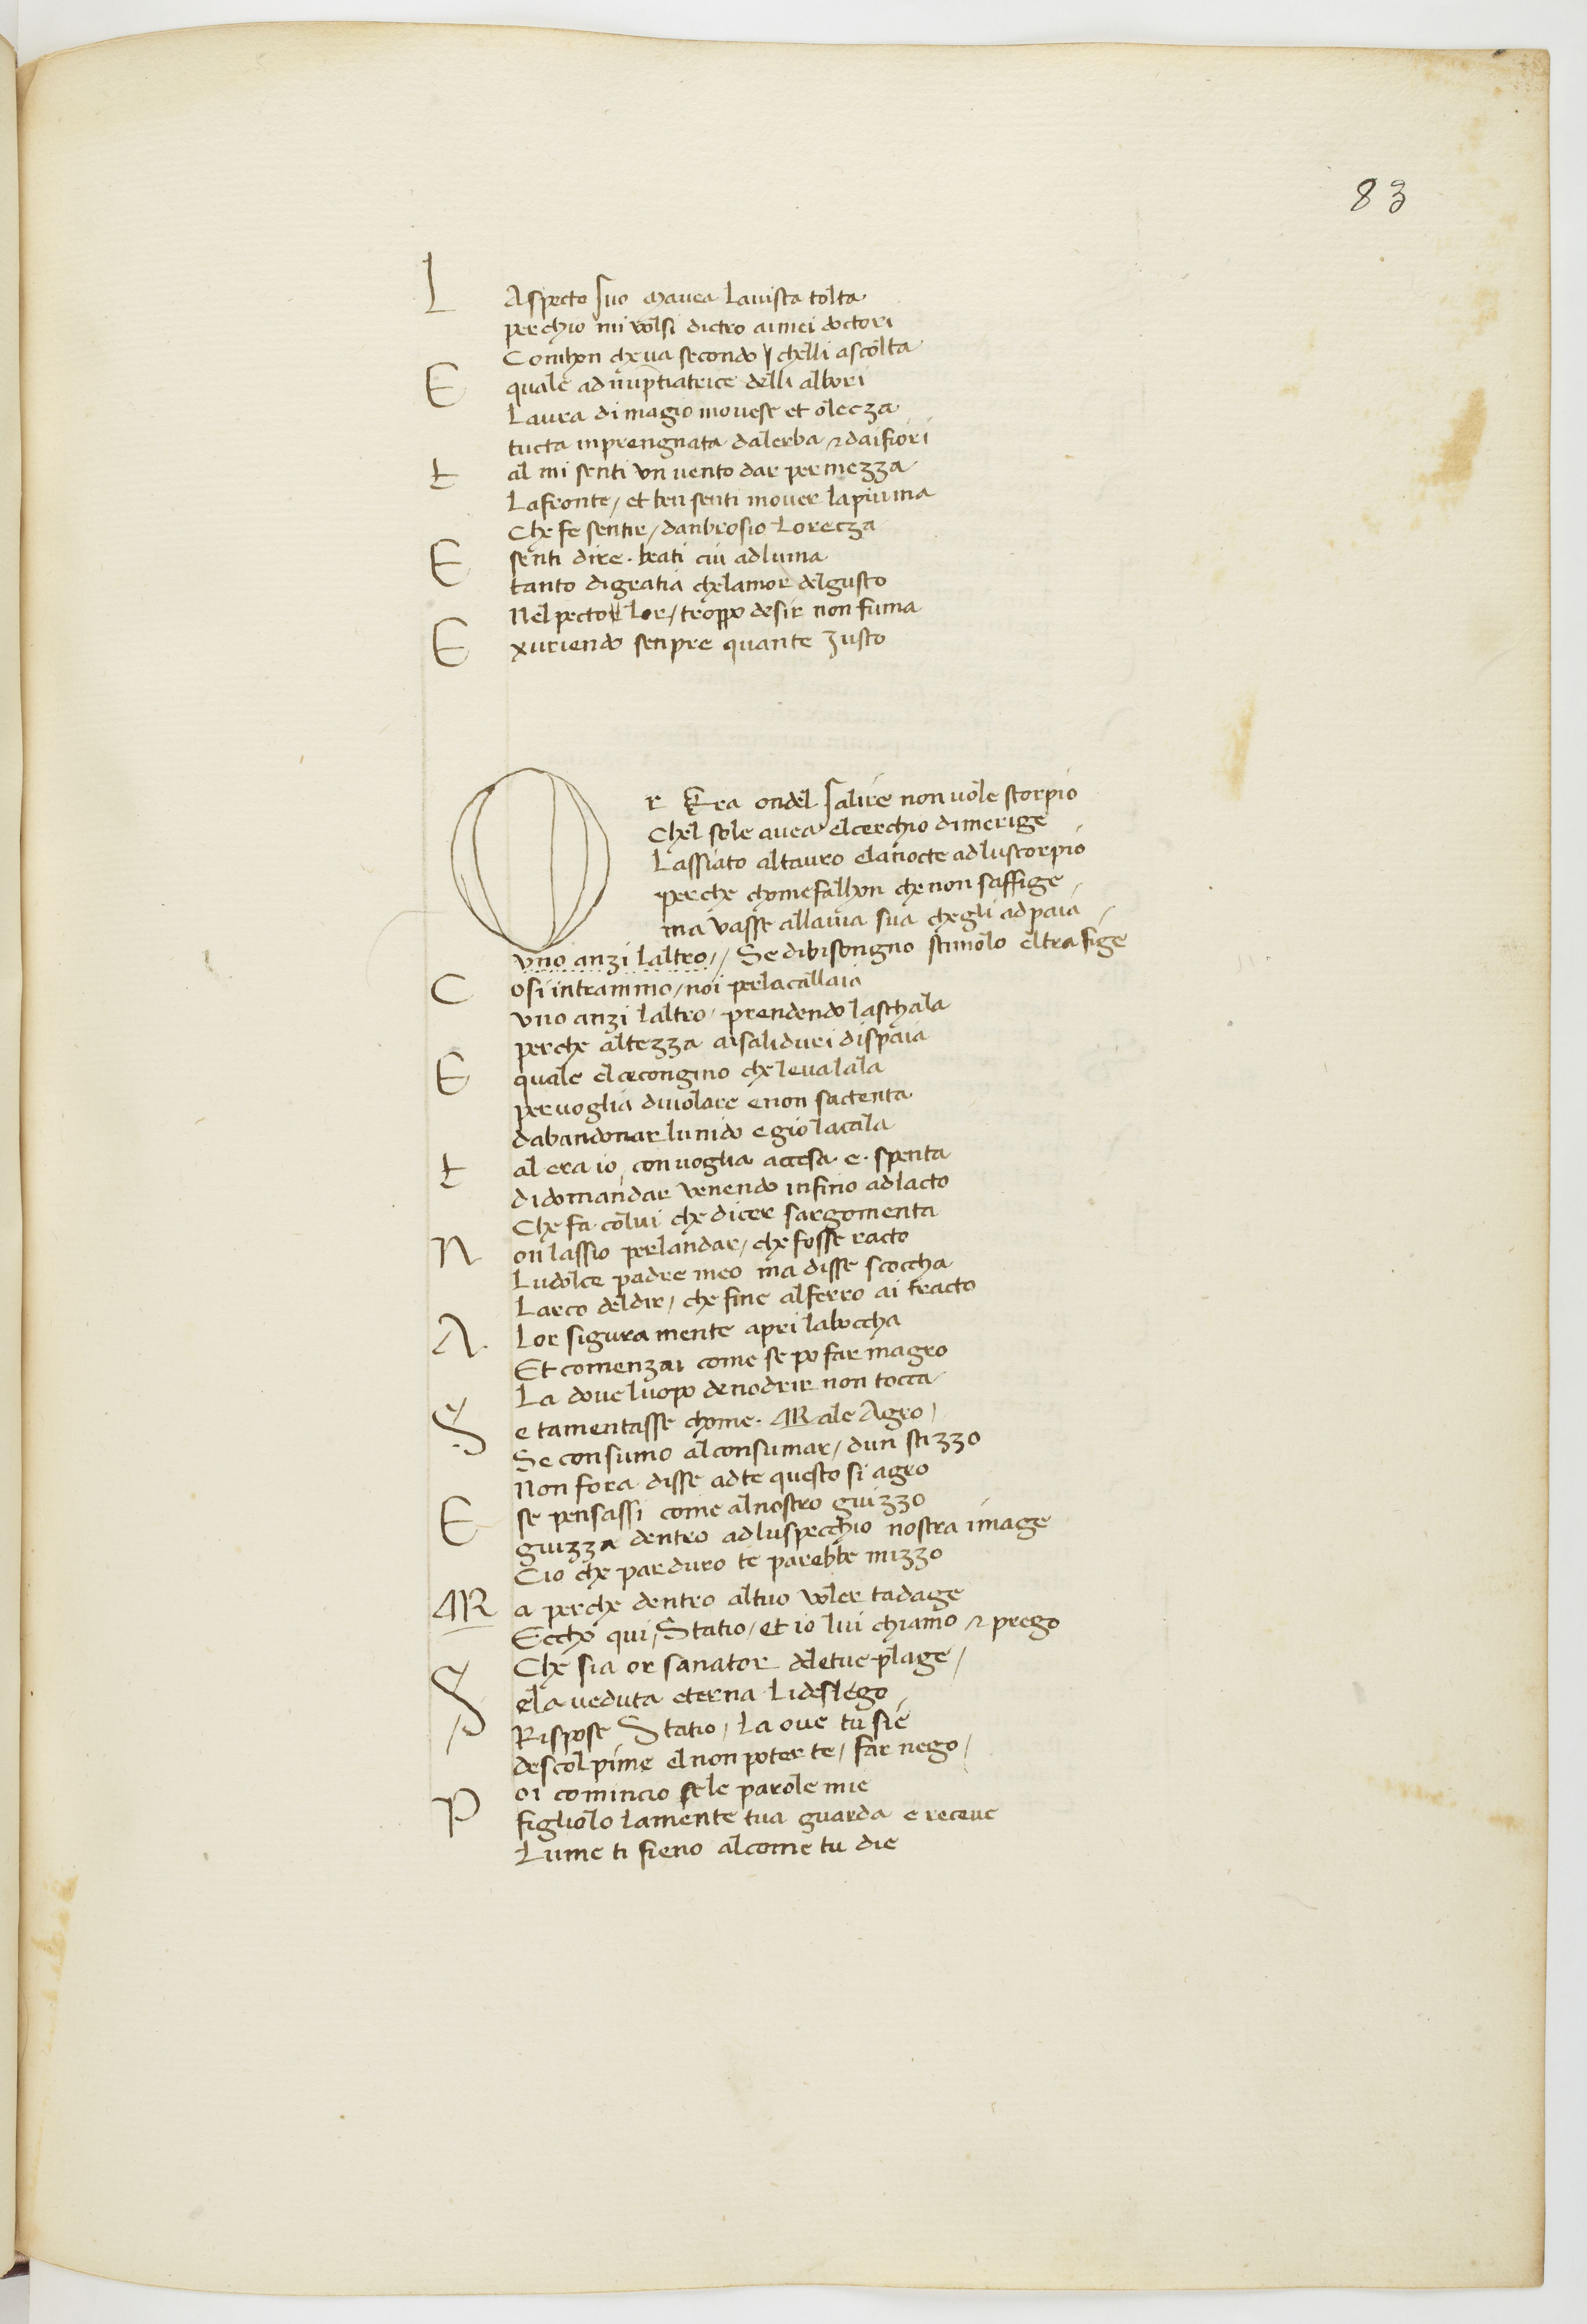
Shelfmark: Paris, BnF, ita. 70
Century: 15